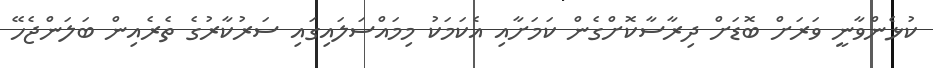
ކުޅެންވާނީ ވަަރަށް ބޮޑަށް ދިރާސާކޮށްގެން ކަމަށާއި އެކަމަކު މިމައްސަލައިގައި ސަރުކާރުގެ ތެރެއިން ބަލަންޖެހޭ